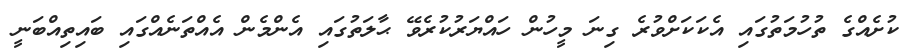
ކުށެއްގެ ތުހުމަތުގައި އެކަކަށްވުރެ ގިނަ މީހުން ހައްޔަރުކުރެވޭ ޙާލަތުގައި އެންމެން އެއްތަނެއްގައި ބައިތިއްބަނީ